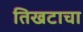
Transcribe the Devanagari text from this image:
तिखटाचा